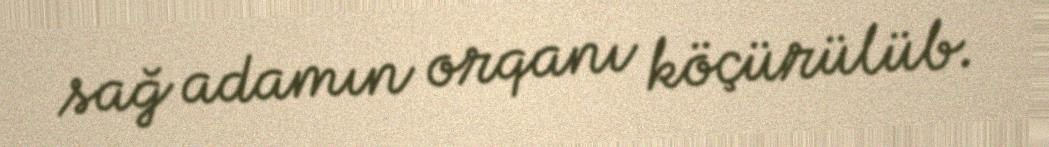
sağ adamın orqanı köçürülüb.